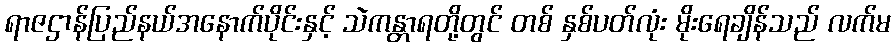
ရာဇဌာန်ပြည်နယ်အနောက်ပိုင်းနှင့် သဲကန္တာရတို့တွင် တစ် နှစ်ပတ်လုံး မိုးရေချိန်သည် လက်မ